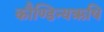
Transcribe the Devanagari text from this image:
कौण्डिन्यऋषि